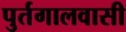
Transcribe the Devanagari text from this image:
पुर्तगालवासी